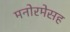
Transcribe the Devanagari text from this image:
मनोरमेसह